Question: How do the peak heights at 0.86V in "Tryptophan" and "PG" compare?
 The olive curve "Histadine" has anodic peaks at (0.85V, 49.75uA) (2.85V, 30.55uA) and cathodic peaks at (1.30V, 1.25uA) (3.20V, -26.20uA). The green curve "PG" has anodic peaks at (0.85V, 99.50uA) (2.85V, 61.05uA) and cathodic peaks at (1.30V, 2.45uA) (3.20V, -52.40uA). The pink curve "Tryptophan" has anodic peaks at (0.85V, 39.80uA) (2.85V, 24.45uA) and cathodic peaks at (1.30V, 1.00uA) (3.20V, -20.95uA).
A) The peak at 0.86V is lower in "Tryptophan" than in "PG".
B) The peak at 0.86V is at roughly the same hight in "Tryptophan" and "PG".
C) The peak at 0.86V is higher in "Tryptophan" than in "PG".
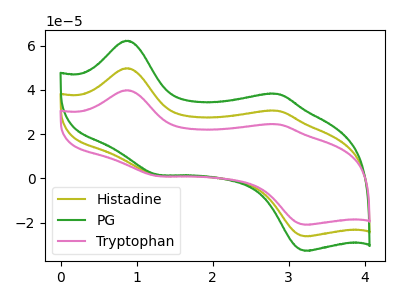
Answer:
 <answer>A) The peak at 0.86V is lower in "Tryptophan" than in "PG".</answer>
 <eval>A</eval>